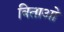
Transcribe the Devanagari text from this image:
बिताओ